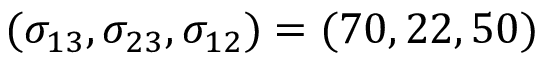
( \sigma _ { 1 3 } , \sigma _ { 2 3 } , \sigma _ { 1 2 } ) = ( 7 0 , 2 2 , 5 0 )